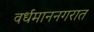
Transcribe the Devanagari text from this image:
वर्धमाननगरात